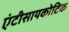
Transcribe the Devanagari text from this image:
एंटीसायकोटिक